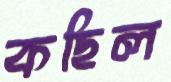
কছিল